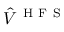
\hat { V } ^ { \mathrm { ~ H ~ F ~ S ~ } }